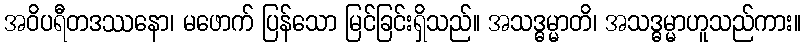
အဝိပရီတဒဿနော၊ မဖောက် ပြန်သော မြင်ခြင်းရှိသည်။ အသဒ္ဓမ္မာတိ၊ အသဒ္ဓမ္မာဟူသည်ကား။